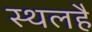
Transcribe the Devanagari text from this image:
स्थलहै